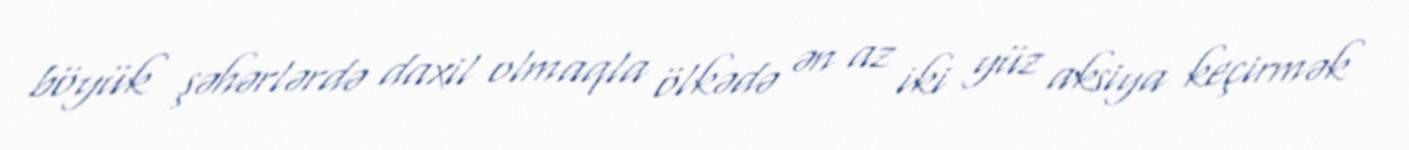
böyük şəhərlərdə daxil olmaqla ölkədə ən az iki yüz aksiya keçirmək